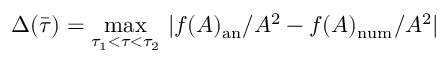
\Delta ( \bar { \tau } ) = \operatorname * { m a x } _ { \tau _ { 1 } < \tau < \tau _ { 2 } } \, | f ( A ) _ { \mathrm { a n } } / A ^ { 2 } - f ( A ) _ { \mathrm { n u m } } / A ^ { 2 } |